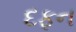
દફન